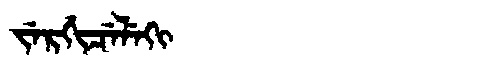
Manchu: ᠵᡝᡵᡤᡳᠴᡝᠯᡝᡴᡳ
Romanization: JERGICELEKI